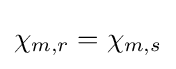
\chi _{m,r}=\chi _{m,s}